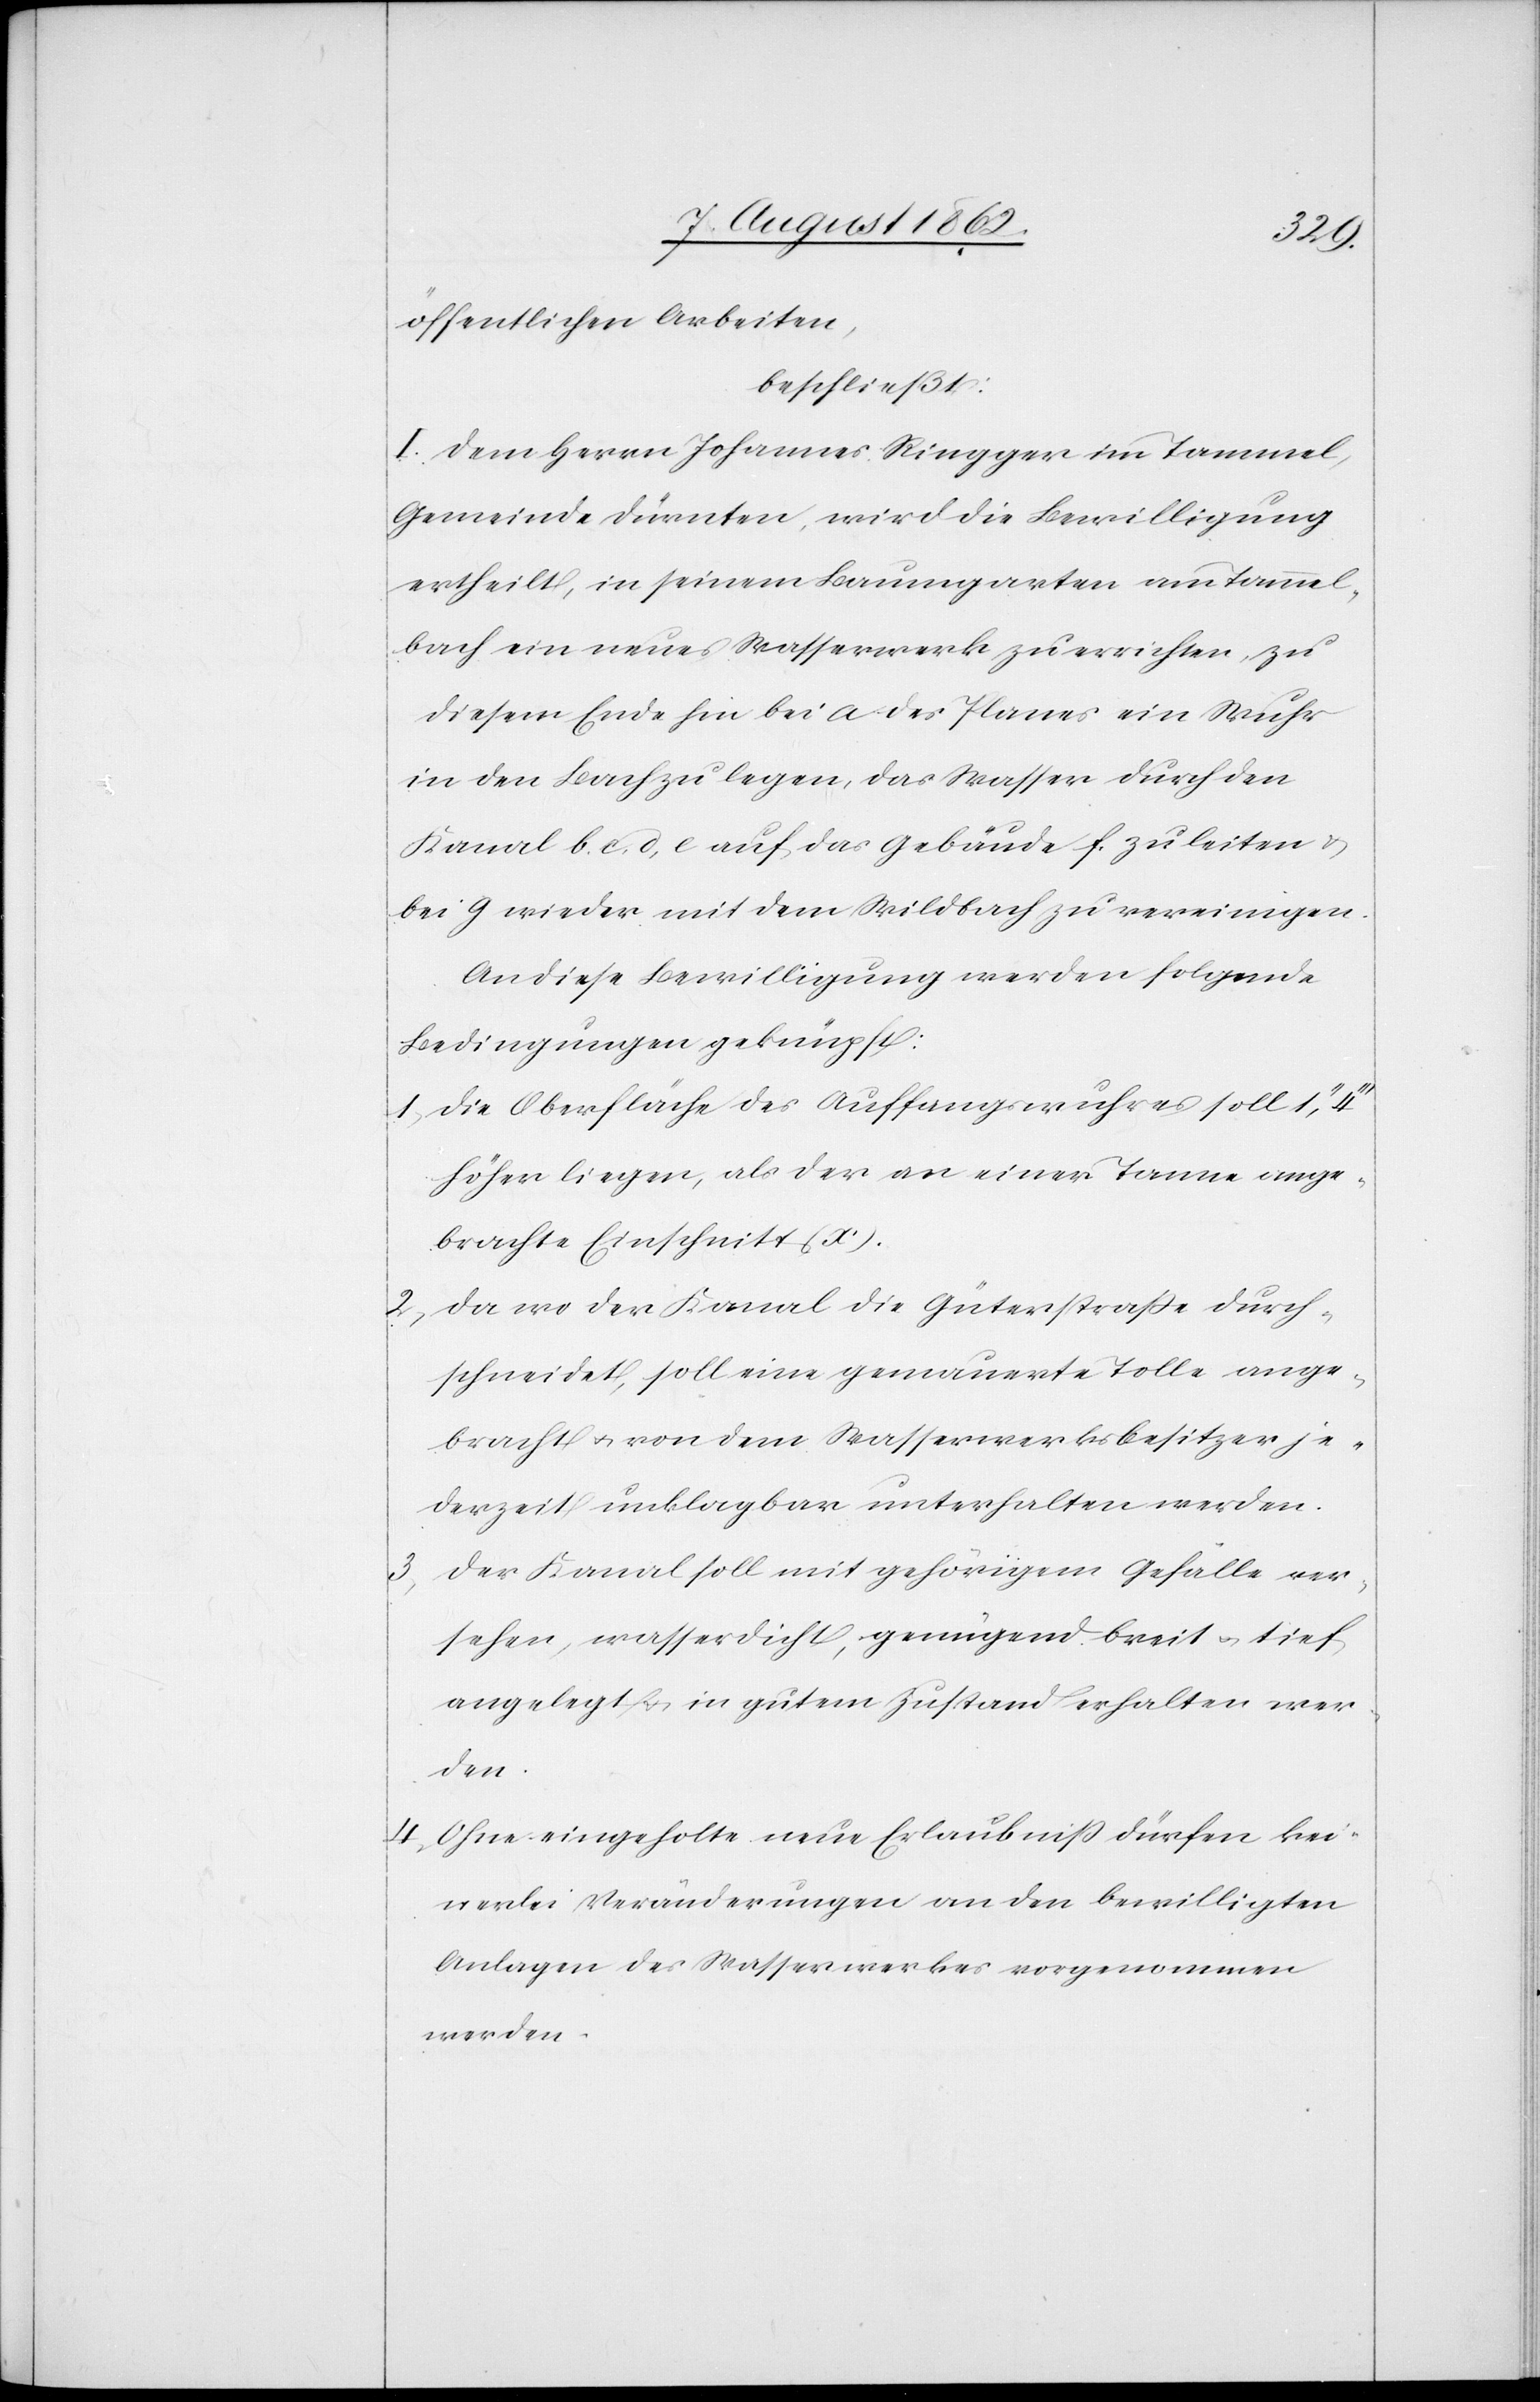
öffentlichen Arbeiten,
beschließt:
I. Dem Herrn Johannes Ringger im Tammel,
Gemeinde Dürnten, wird die Bewilligung
ertheilt, in seinem Baumgarten am Tammel¬
bach ein neues Wasserwerk zu errichten, zu
diesem Ende hin bei a des Planes ein Wuhr
in den Bach zu legen, das Wasser durch den
Kanal b, c, d, e auf das Gebäude f zu leiten u.
bei g wieder mit dem Wildbach zu vereinigen.
An diese Bewilligung werden folgende
Bedingungen geknüpft:
1. Die Oberfläche des Auffangswurhes soll 1’’,4’’’
höher liegen, als der an einer Tanne ange¬
brachte Einschnitt (x).
2. Da wo der Kanal die Güterstraße durch¬
schneidet, soll eine gemauerte Tolle ange¬
bracht u. von dem Wasserwerksbesitzer je¬
derzeit unklagbar unterhalten werden.
3. Der Kanal soll mit gehörigem Gefälle ver¬
sehen, wasserdicht, genügend breit u. tief
angelegt u. in gutem Zustand erhalten wer¬
den.
4. Ohne eingeholte neue Erlaubniß dürfen kei¬
nerlei Veränderungen an den bewilligten
Anlagen des Wasserwerkes vorgenommen
werden.